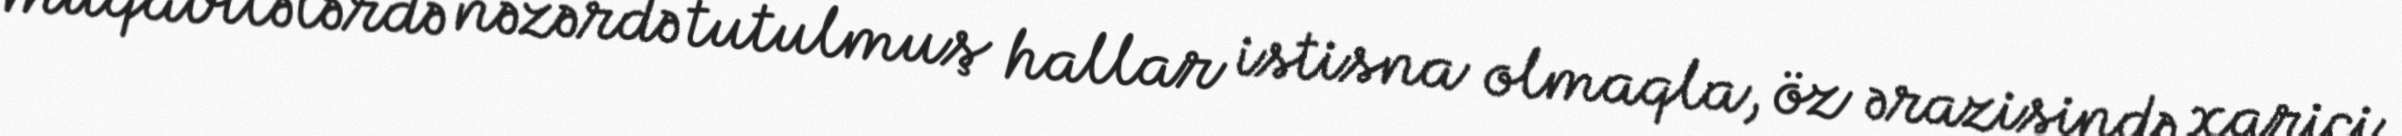
müqavilələrdə nəzərdə tutulmuş hallar istisna olmaqla, öz ərazisində xarici